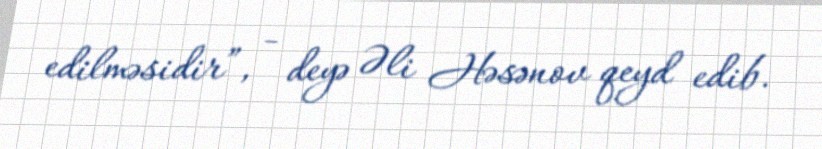
edilməsidir”, - deyə Əli Həsənov qeyd edib.